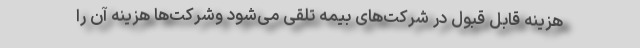
هزینه قابل قبول در شرکت‌های بیمه تلقی می‌شود وشرکت‌ها هزینه آن را